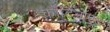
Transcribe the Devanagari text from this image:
कॉर्टिनॉएड